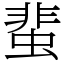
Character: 蜚